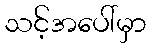
သင့်အပေါ်မှာ